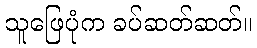
သူဖြေပုံက ခပ်ဆတ်ဆတ်။